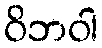
ဝိဘဝါ